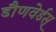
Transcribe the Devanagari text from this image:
डौणवेर्डस्